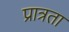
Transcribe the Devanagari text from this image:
प्रात्रता